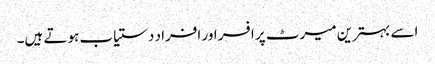
اسے بہترین میرٹ پر افسر اور افراد دستیاب ہوتے ہیں۔